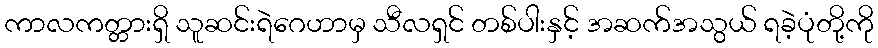
ကာလကတ္တားရှိ သူဆင်းရဲဂေဟာမှ သီလရှင် တစ်ပါးနှင့် အဆက်အသွယ် ရခဲ့ပုံတို့ကို